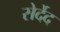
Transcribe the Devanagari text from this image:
सेर्देद